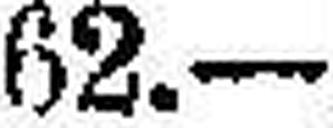
62.—